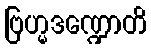
ဗြဟ္မဒဏ္ဍောတိ